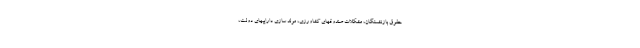
حقوق بازنشستگان، مشکلات صندوقهای کشاورزی، مولد سازی داراییهای دولت،